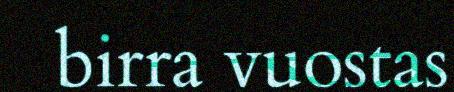
birra vuostas